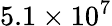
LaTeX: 5.1\times 10^{7}